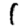
Digit: 1